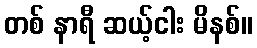
တစ် နာရီ ဆယ့်ငါး မိနစ်။